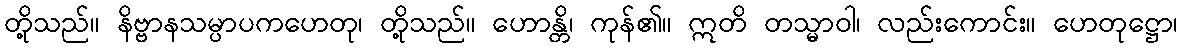
တို့သည်။ နိဗ္ဗာနသမ္ပာပကဟေတု၊ တို့သည်။ ဟောန္တိ၊ ကုန်၏။ ဣတိ တသ္မာဝါ၊ လည်းကောင်း။ ဟေတုဋ္ဌော၊